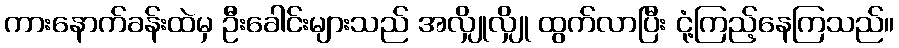
ကားနောက်ခန်းထဲမှ ဦးခေါင်းများသည် အလျှိုလျှို ထွက်လာပြီး ငုံ့ကြည့်နေကြသည်။